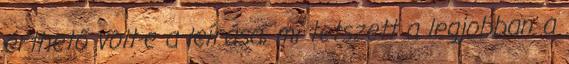
érthető volt-e a leírása, mi tetszett a legjobban a